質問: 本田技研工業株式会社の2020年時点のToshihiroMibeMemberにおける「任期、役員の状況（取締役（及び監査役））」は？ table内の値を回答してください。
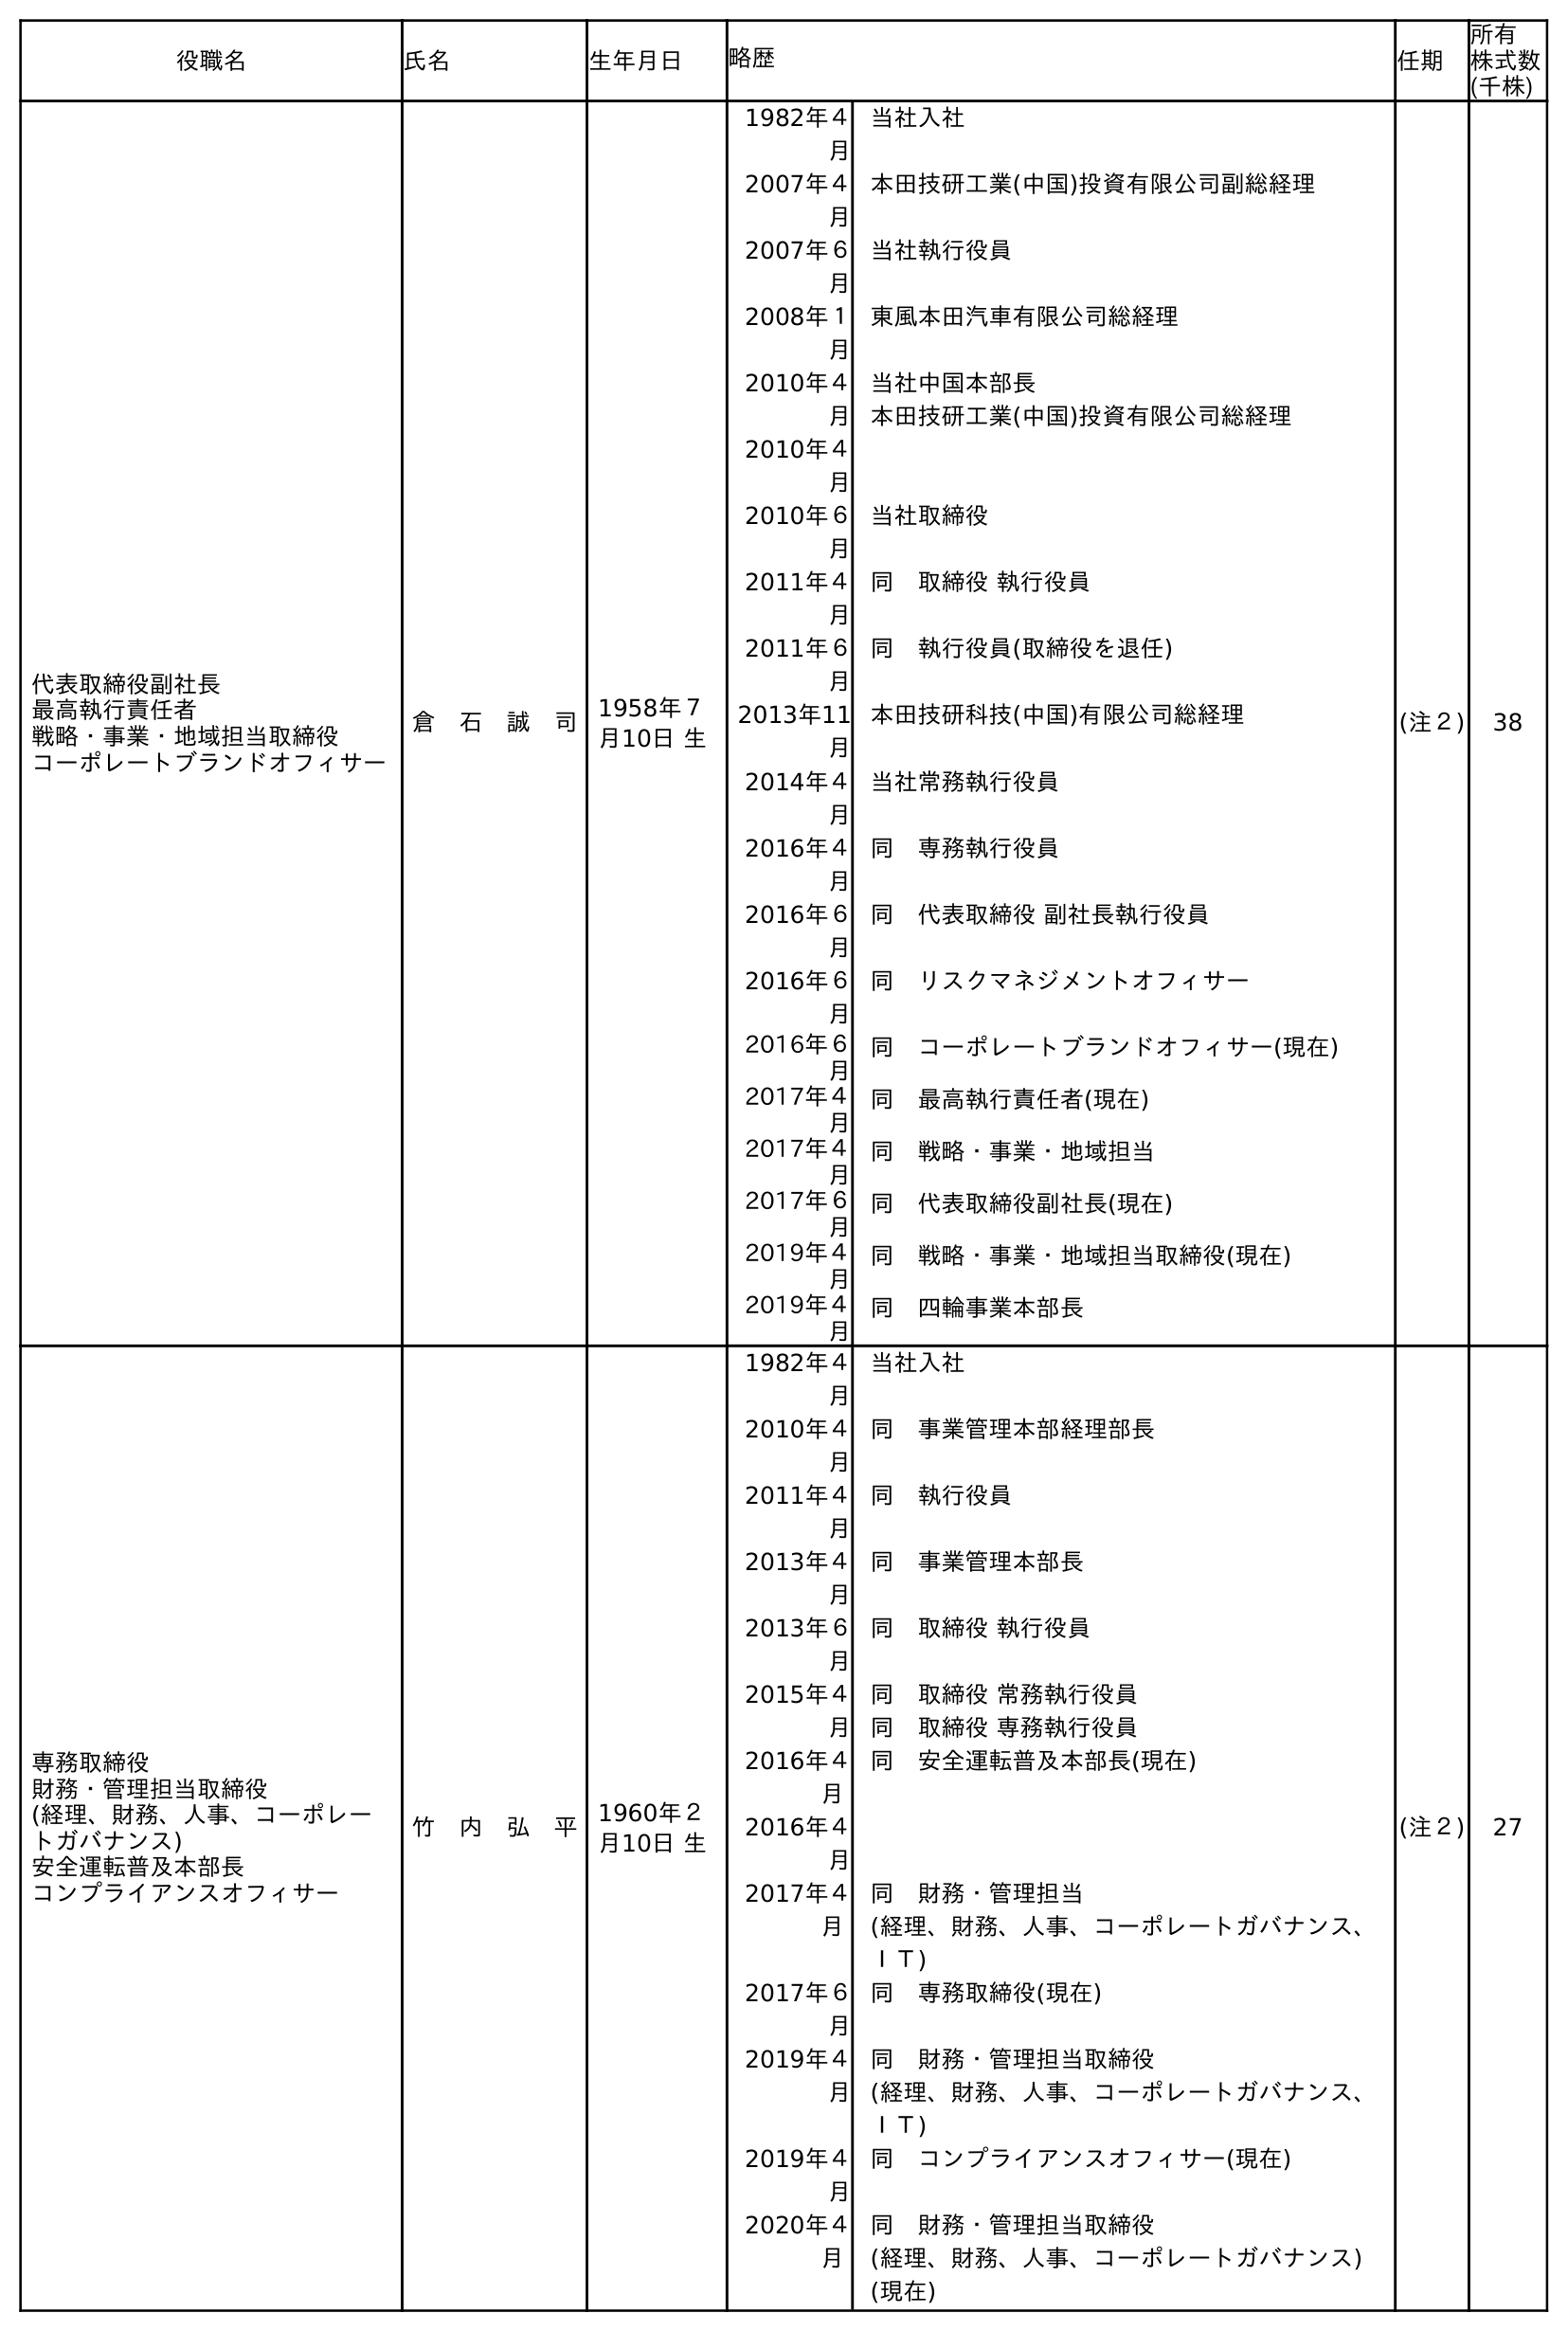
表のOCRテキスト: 役職名 氏名 生年月日 略歴 任期 所有 株式数 (千株) 代表取締役副社長 最高執行責任者 戦略・事業・地域担当取締役 コーポレートブランドオフィサー 倉 石 誠 司 1958年７ 月10日 生 1982年４ 月 当社入社 2007年４ 月 本田技研工業(中国)投資有限公司副総経理 2007年６ 月 当社執行役員 2008年１ 月 東風本田汽車有限公司総経理 2010年４ 月 2010年４ 月 当社中国本部長 本田技研工業(中国)投資有限公司総経理 2010年６ 月 当社取締役 2011年４ 月 同 取締役 執行役員 2011年６ 月 同 執行役員(取締役を退任) 2013年11 月 本田技研科技(中国)有限公司総経理 2014年４ 月 当社常務執行役員 2016年４ 月 同 専務執行役員 2016年６ 月 同 代表取締役 副社長執行役員 2016年６ 月 同 リスクマネジメントオフィサー 2016年６ 月 同 コーポレートブランドオフィサー(現在) 2017年４ 月 同 最高執行責任者(現在) 2017年４ 月 同 戦略・事業・地域担当 2017年６ 月 同 代表取締役副社長(現在) 2019年４ 月 同 戦略・事業・地域担当取締役(現在) 2019年４ 月 同 四輪事業本部長 (注２) 38 専務取締役 財務・管理担当取締役 (経理、財務、人事、コーポレー トガバナンス) 安全運転普及本部長 コンプライアンスオフィサー 竹 内 弘 平 1960年２ 月10日 生 1982年４ 月 当社入社 2010年４ 月 同 事業管理本部経理部長 2011年４ 月 同 執行役員 2013年４ 月 同 事業管理本部長 2013年６ 月 同 取締役 執行役員 2015年４ 月 2016年４ 月 2016年４ 月 同 取締役 常務執行役員 同 取締役 専務執行役員 同 安全運転普及本部長(現在) 2017年４ 月 同 財務・管理担当 (経理、財務、人事、コーポレートガバナンス、 ＩＴ) 2017年６ 月 同 専務取締役(現在) 2019年４ 月 同 財務・管理担当取締役 (経理、財務、人事、コーポレートガバナンス、 ＩＴ) 2019年４ 月 同 コンプライアンスオフィサー(現在) 2020年４ 月 同 財務・管理担当取締役 (経理、財務、人事、コーポレートガバナンス) (現在) (注２) 27
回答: (注２)